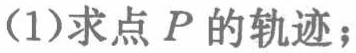
(1)求点 \(P\) 的轨迹；